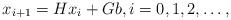
LaTeX: \begin{align*}x_{i+1}=Hx_{i}+Gb, i=0,1,2,\ldots,\end{align*}